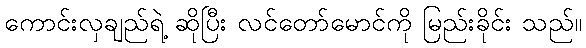
ကောင်းလှချည်ရဲ့ ဆိုပြီး လင်တော်မောင်ကို မြည်းခိုင်း သည်။